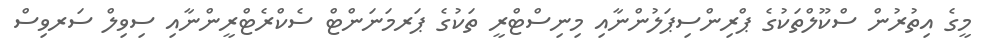
މީގެ އިތުރުން ސްކޫލްތަކުގެ ޕްރިންސިޕަލުންނާއި މިނިސްޓްރީ ތަކުގެ ޕަރމަނަންޓް ސެކްރެޓްރީންނާއި ސިވިލް ސަރވިސް